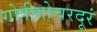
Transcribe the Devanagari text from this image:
गोपीगोचरदूरं